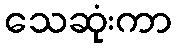
သေဆုံးကာ